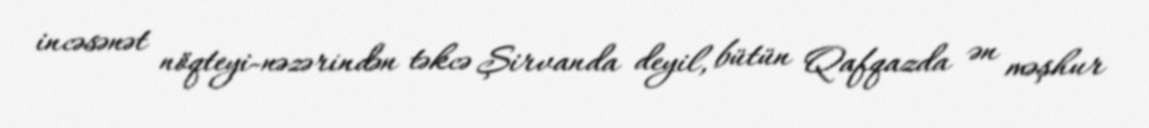
incəsənət nöqteyi-nəzərindən təkcə Şirvanda deyil, bütün Qafqazda ən məşhur